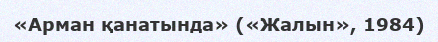
«Арман қанатында» («Жалын», 1984)